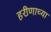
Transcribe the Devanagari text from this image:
हरीणाच्या